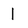
Character: 1